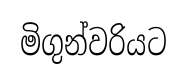
මිගුන්වරියට